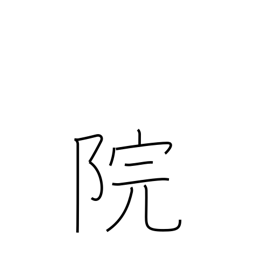
Meaning: temple